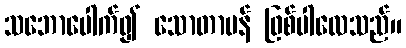
သဘောပေါက်၍ သောတာပန် ဖြစ်ပါလေသည်။